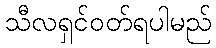
သီလရှင်ဝတ်ရပါမည်